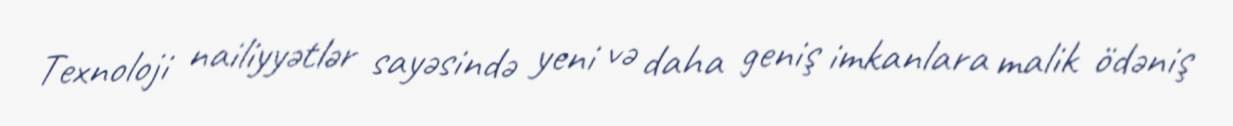
Texnoloji nailiyyətlər sayəsində yeni və daha geniş imkanlara malik ödəniş